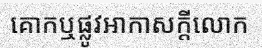
គោកឬផ្លូវអាកាសក្តីលោក